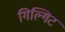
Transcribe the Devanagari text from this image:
गिल्गिट